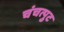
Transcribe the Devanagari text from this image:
चंचत्पुट